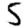
Digit: 5